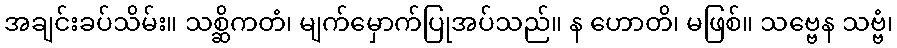
အချင်းခပ်သိမ်း။ သစ္ဆိကတံ၊ မျက်မှောက်ပြုအပ်သည်။ န ဟောတိ၊ မဖြစ်။ သဗ္ဗေန သဗ္ဗံ၊